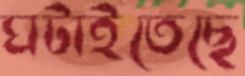
ঘটাইতেছে